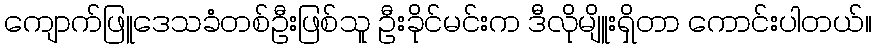
ကျောက်ဖြူဒေသခံတစ်ဦးဖြစ်သူ ဦးခိုင်မင်းက ဒီလိုမျိူးရှိတာ ကောင်းပါတယ်။